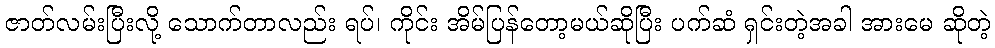
ဇာတ်လမ်းပြီးလို့ သောက်တာလည်း ရပ်၊ ကိုင်း အိမ်ပြန်တော့မယ်ဆိုပြီး ပက်ဆံ ရှင်းတဲ့အခါ အားမေ ဆိုတဲ့